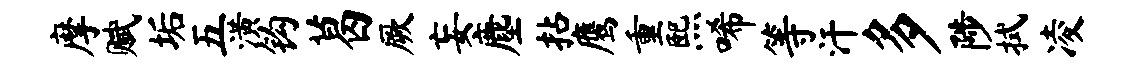
摩赋垢五潢钩葛厥妄麈拈鹰重熙唏等汗多陟拭凌